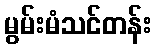
မွမ်းမံသင်တန်း